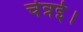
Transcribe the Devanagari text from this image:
चेन्नई।